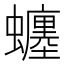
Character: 𧔊